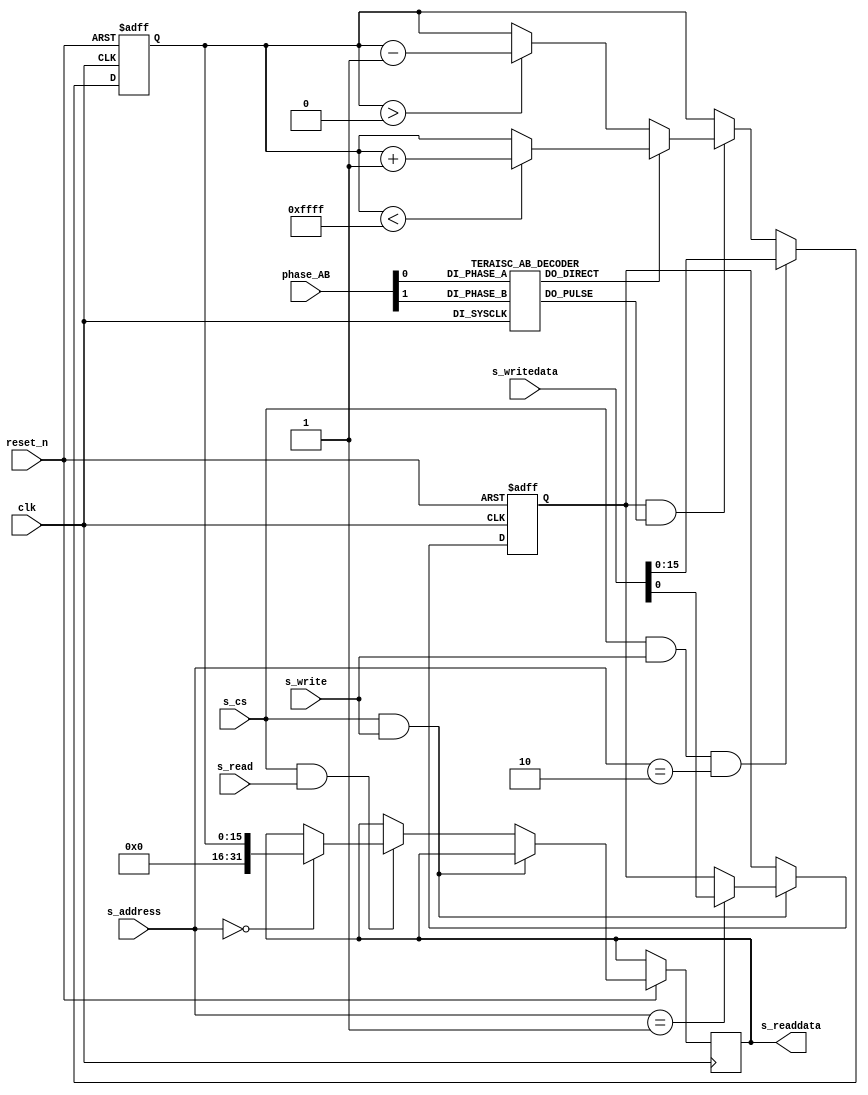
module motor_measure(
	clk,
	reset_n,
	
	s_cs,
	s_write,
	s_read,
	s_address,
	s_writedata,
	s_readdata,
	
	phase_AB
);
	input 			clk;
	input 			reset_n;
	
	input 			s_cs;
	input	 		s_write;
	input 			s_read;
	input [2:0]	    s_address;
	input [31:0]	s_writedata;
	output reg[31:0] 	s_readdata;
	
	input  [1:0]	phase_AB;
`define CNT_ENABLE 1
`define CNT_WRITE 2
`define CNT_READ  0

wire direction;
wire conter_pulse;
reg [15:0] counter;
reg [15:0] cnt_arr;
reg        count_en;
 TERAISC_AB_DECODER u_decoder
(
    .DI_SYSCLK(clk),
    .DI_PHASE_A(phase_AB[0]),
    .DI_PHASE_B(phase_AB[1]),    
    .DO_PULSE(conter_pulse),
    .DO_DIRECT(direction)
);  

always @(posedge clk or negedge reset_n)
begin
	if(~reset_n)
	begin
		cnt_arr<=0;
		count_en<=0;
	end
	else if (s_cs & s_write)
 	begin
		 if(s_address==`CNT_ENABLE)
			count_en<=s_writedata;
	 end  
	else if(s_cs & s_read)
	begin
		if(s_address==`CNT_READ)
			s_readdata<=counter;
	end
end

always @( posedge clk or negedge reset_n)
begin
	if(~reset_n)
		counter<=16'h8000;
	else if(s_cs && s_write && s_address==`CNT_WRITE)
		counter<=s_writedata[15:0];
	else if(count_en && conter_pulse )
	begin
		if(direction)
		begin
			if(counter<16'hffff) 
				counter<=counter+1;
		end
		else if(!direction)
		begin
			 if(counter>0)
				counter<=counter-1;
		end
		else
			counter<=0;
	end
end  

endmodule


module TERAISC_AB_DECODER
(
    DI_SYSCLK,
    DI_PHASE_A,
    DI_PHASE_B,    
    DO_PULSE,
    DO_DIRECT
);

//    input
//
input DI_SYSCLK;
input DI_PHASE_A;
input DI_PHASE_B;

//    output
//
output DO_PULSE;
output DO_DIRECT;

//    register
//
reg DO_PULSE;
wire PULSE_DOUBLE;
reg PULSE_DOUBLE_LAST;
reg DIRECT;
reg DIRECT_PATCH;


//    decode direct from phase A and B
//
always @(posedge DI_PHASE_A) DIRECT <= DI_PHASE_B;
always @(posedge DI_PHASE_B) DIRECT_PATCH <= ~(DIRECT ^ DI_PHASE_A);
assign DO_DIRECT = DIRECT | DIRECT_PATCH;

//    decode pulse from phase A and B
//
assign PULSE_DOUBLE = DI_PHASE_A ^ DI_PHASE_B;

always @(posedge DI_SYSCLK) 
begin
    if(PULSE_DOUBLE != PULSE_DOUBLE_LAST) 
	begin
        DO_PULSE <= 1'b1;
        PULSE_DOUBLE_LAST <= PULSE_DOUBLE;
    end
    else begin
        DO_PULSE <= 1'b0;
    end
    
end

endmodule